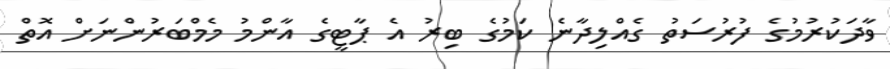
ވާދަކުރުމުގެ ފުރުސަތު ގެއްލިދާނެ ކަމުގެ ބިރު އެ ޕާޓީގެ އާންމު މެމްބަރުންނަށް އޮތް